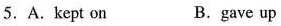
5.A.kept on B.gave up